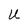
Character: U